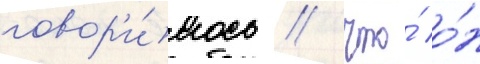
говор'и́лось / что́ о́н